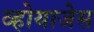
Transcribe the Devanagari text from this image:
व्होयाजेस